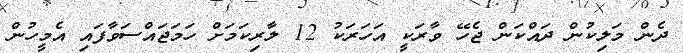
ދެން މަލިކުން ދައްކަން ޖެހޭ ވާރަކީ އަހަރަކު 12 ލާރިކަމަށް ހަމަޖައްސަވާފައި އެމީހުން